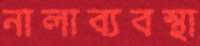
নালাব্যবস্থা